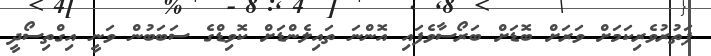
ފަތުރުވެރިކަމަށް ވަރަށް ބޮޑަށް ބަރޯސާވެފައި އޮންނަ ތައިލެންޑަށް ކޮވިޑްގެ ސަބަބުން ވަނީ އިގްތިސޯދީ